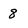
Character: 8